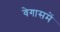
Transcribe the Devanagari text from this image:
वेगासमें